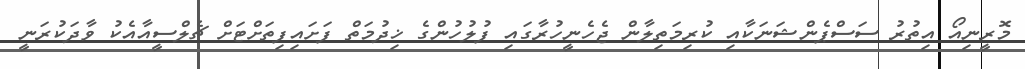
މޮރީނިއޯ އިތުރު ސަސްޕެންޝަނަކާއި ކުރިމަތިލާން ޖެހެނީހުރާގައި ފުލުހުންގެ ޚިދުމަތް ފަށައިފިތަށްޓަށް ޗެލްސީއާއެކު ވާދަކުރަނީ